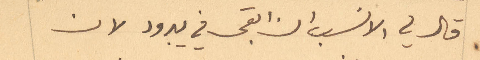
قال لي الانسب ان ابقى في يبرود لان